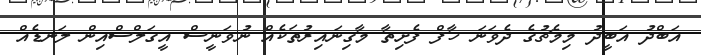
އަބްދު އަބީދު މިމެޗުގެ ދެވަނަ ހާފް ފެށިތާ މާގިނައިރުތަކެއް ނުވަނީސް އީގަލްސްއިން ލަނޑެއް